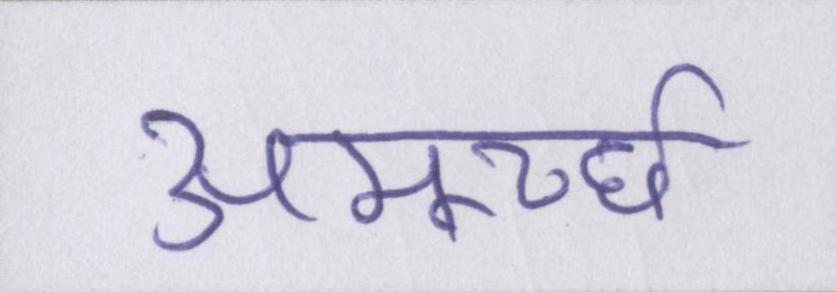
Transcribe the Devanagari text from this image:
अमूर्च्छा